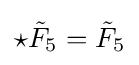
\star {\tilde {F}}_{5}={\tilde {F}}_{5}